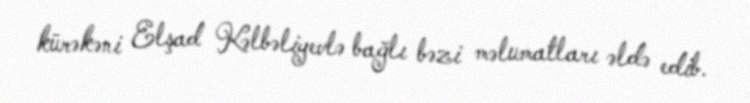
kürəkəni Elşad Kəlbəliyevlə bağlı bəzi məlumatları əldə edib.